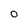
Character: 0